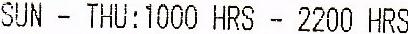
SUN - THU: 1000 HRS - 2200 HRS